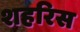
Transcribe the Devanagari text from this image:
शहरिस